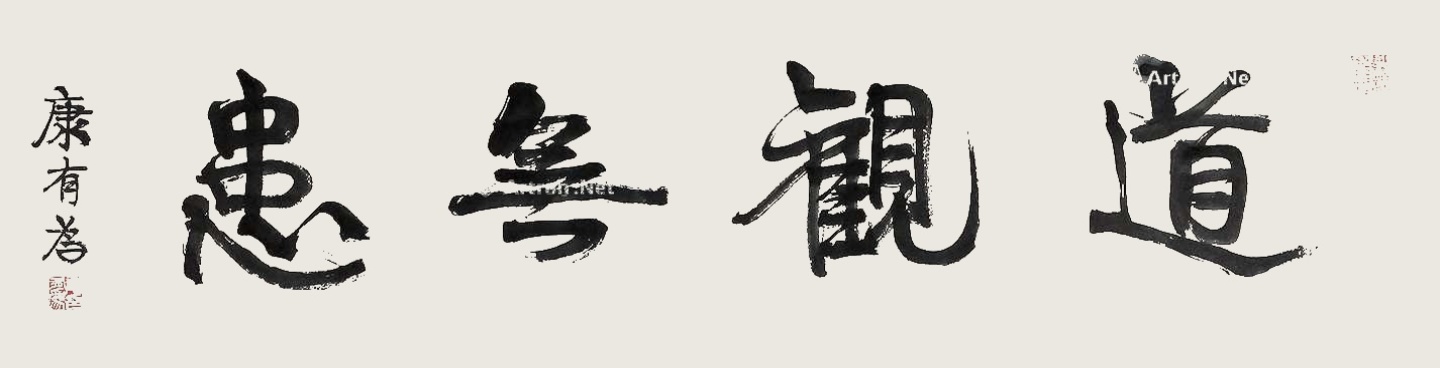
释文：道观无患。康有为。